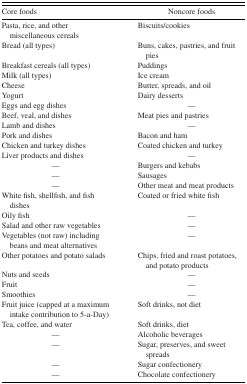
| Core foods | Noncore foods |
 | --- | --- |
 | Pasta, rice, and other miscellaneous cereals | Biscuits/cookies |
 | Bread (all types) | Buns, cakes, pastries, and fruit pies |
 | Breakfast cereals (all types) | Puddings |
 | Milk (all types) | Ice cream |
 | Cheese | Butter, spreads, and oil |
 | Yogurt | Dairy desserts |
 | Eggs and egg dishes | — |
 | Beef, veal, and dishes | Meat pies and pastries |
 | Lamb and dishes | — |
 | Pork and dishes | Bacon and ham |
 | Chicken and turkey dishes | Coated chicken and turkey |
 | Liver products and dishes | — |
 | — | Burgers and kebabs |
 | — | Sausages |
 | — | Other meat and meat products |
 | White fish, shellfish, and fish dishes | Coated or fried white fish |
 | Oily fish | — |
 | Salad and other raw vegetables | — |
 | Vegetables (not raw) including beans and meat alternatives | — |
 | Other potatoes and potato salads | Chips, fried and roast potatoes, and potato products |
 | Nuts and seeds | — |
 | Fruit | — |
 | Smoothies | — |
 | Fruit juice (capped at a maximum intake contribution to 5-a-Day) | Soft drinks, not diet |
 | Tea, coffee, and water | Soft drinks, diet |
 | — | Alcoholic beverages |
 | — | Sugar, preserves, and sweet spreads |
 | — | Sugar confectionery |
 | — | Chocolate confectionery |